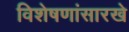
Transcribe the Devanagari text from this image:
विशेषणांसारखे